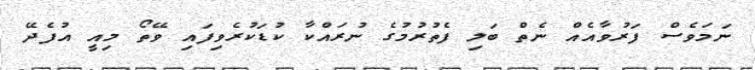
ނަމަވެސް ފަރުވާއެއް ނެތް ބަލި ފެތުރުމުގެ ނުރައްކާ ކުޑަކުރެވިފައި ވޭތޯ މިއީ އުފެދޭ